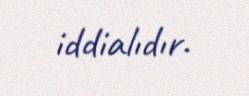
iddialıdır.